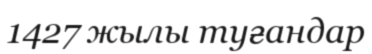
1427 жылы туғандар